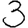
Digit: 3